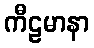
ကီဠမာနာ